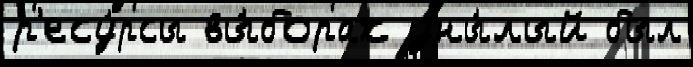
р'есу́рсы вы́борах уны́лый был